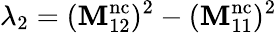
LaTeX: \lambda_{2}=(\mathbf{M}_{12}^{\mathrm{{nc}}})^{2}-(\mathbf{M}_{11}^{\mathrm{{nc}}})^{2}